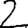
Digit: 2